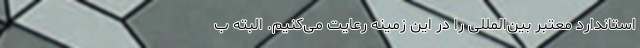
استاندارد معتبر بین‌المللی را در این زمینه رعایت می‌کنیم. البته ب